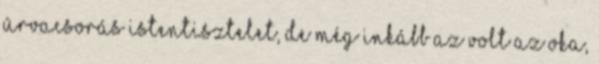
úrvacsorás istentisztelet, de még inkább az volt az oka,